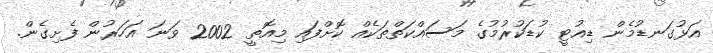
އަޅުގަނޑުމެން ޑިއުޓީ ކުޑަކުރުމުގެ މަސައްކަތްތަކެއް ކޮށްފައި މިއޮތީ 2002 ވަނަ އަހަރުން ފެށިގެން.